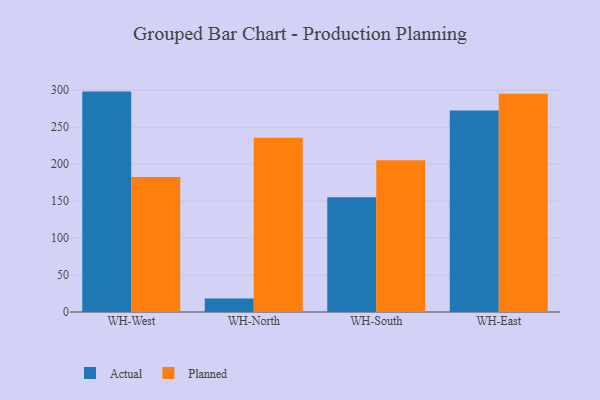
{"axis": {"x": "Warehouse", "y": "Humidity (%)"}, "legend": ["Actual", "Planned"], "data": [{"x": "WH-West", "y": 298.0, "type": "Actual"}, {"x": "WH-West", "y": 182.5, "type": "Planned"}, {"x": "WH-North", "y": 18.3, "type": "Actual"}, {"x": "WH-North", "y": 235.7, "type": "Planned"}, {"x": "WH-South", "y": 155.2, "type": "Actual"}, {"x": "WH-South", "y": 205.2, "type": "Planned"}, {"x": "WH-East", "y": 272.6, "type": "Actual"}, {"x": "WH-East", "y": 295.0, "type": "Planned"}]}